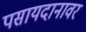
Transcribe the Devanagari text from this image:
पसायदानावर